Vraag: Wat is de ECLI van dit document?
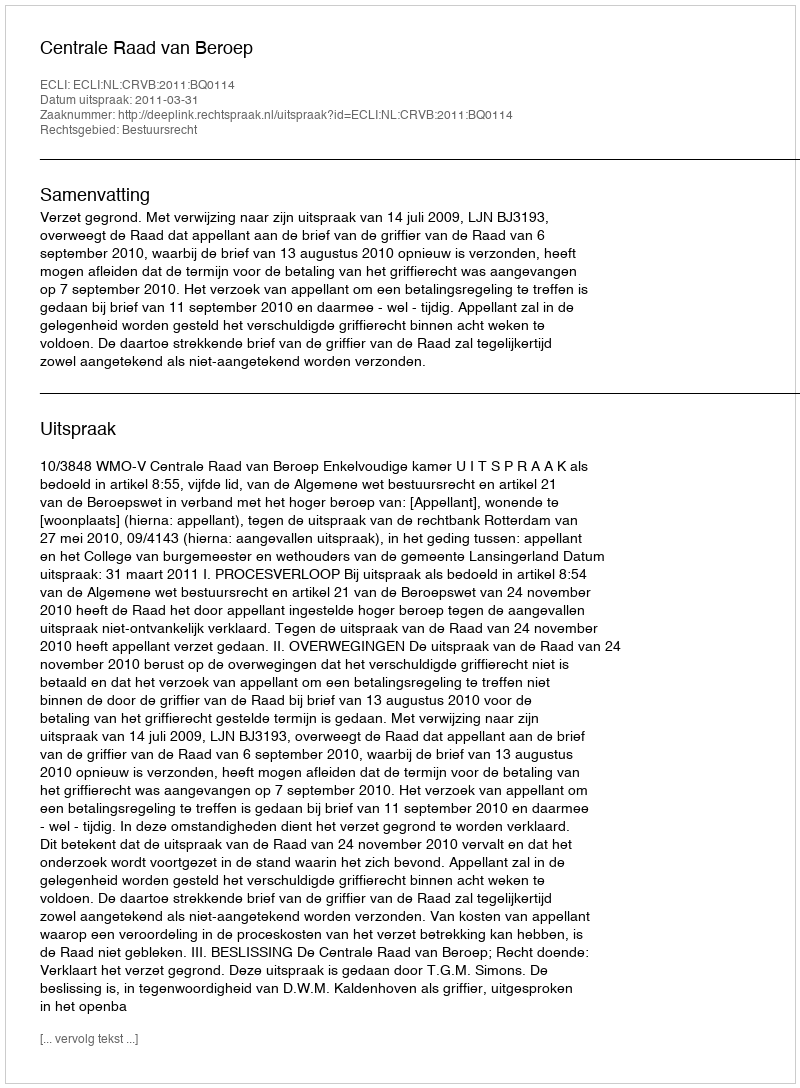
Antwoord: ECLI:NL:CRVB:2011:BQ0114